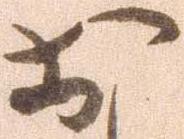
お